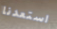
استعدنا